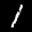
Label: 1